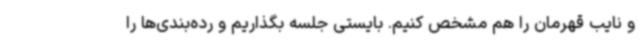
و نایب قهرمان را هم مشخص کنیم. بایستی جلسه بگذاریم و رده‌بندی‌ها را